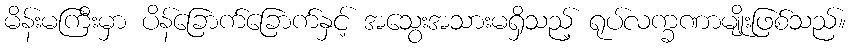
မိန်းမကြီးမှာ ပိန်ခြောက်ခြောက်နှင့် အသွေးအသားမရှိသည့် ရုပ်လက္ခဏာမျိုးဖြစ်သည်။